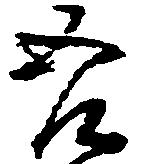
吾